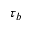
\tau _ { b }